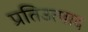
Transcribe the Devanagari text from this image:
प्रतिउत्पाद